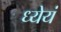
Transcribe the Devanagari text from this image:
ध्येयं